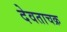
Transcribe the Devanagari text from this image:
देवताचक्र